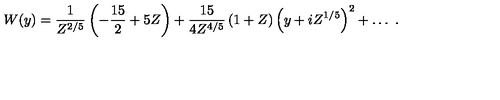
W ( y ) = \frac { 1 } { Z ^ { 2 / 5 } } \left( - \frac { 1 5 } { 2 } + 5 Z \right) + \frac { 1 5 } { 4 Z ^ { 4 / 5 } } \left( 1 + Z \right) \left( y + i Z ^ { 1 / 5 } \right) ^ { 2 } + \ldots \ .